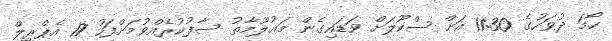
ހޯމަ ދުވަހުގެ 11:30 އަށް ސްކޫލަށް ވަޑައިގެން މަޢުލޫމާތު ސާފުކުރެއްވުމަށްފަހު 17 އެޕްރީލް